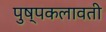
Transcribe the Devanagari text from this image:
पुष्पकलावती